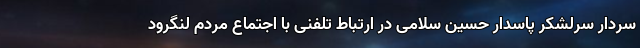
سردار سرلشکر پاسدار حسین سلامی در ارتباط تلفنی با اجتماع مردم لنگرود